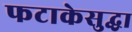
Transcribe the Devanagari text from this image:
फटाकेसुद्धा